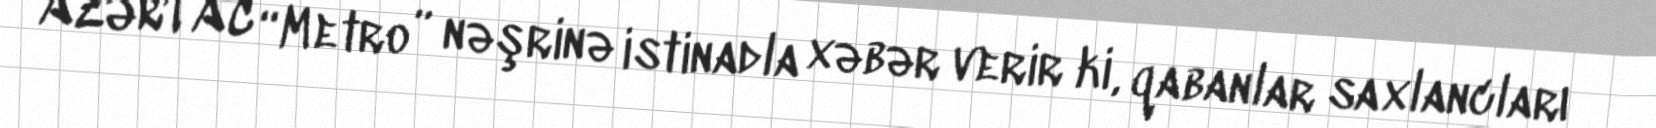
AZƏRTAC “Metro” nəşrinə istinadla xəbər verir ki, qabanlar saxlancları